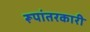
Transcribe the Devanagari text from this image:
रूपांतरकारी